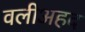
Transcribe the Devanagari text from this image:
वलीअहद